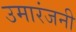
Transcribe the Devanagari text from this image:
उमारंजनी